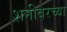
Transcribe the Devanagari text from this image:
शनीवरच्या